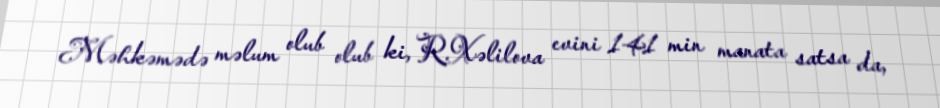
Məhkəmədə məlum olub olub ki, R.Xəlilova evini 141 min manata satsa da,